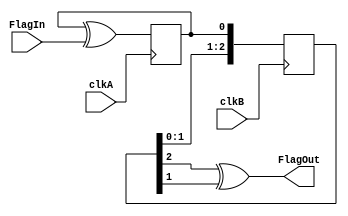
`timescale 1ns/100ps

// clkA should be slower than clkB

module Flag_CrossDomain(
	input wire clkA,
	input wire FlagIn,
	input wire clkB,
	output wire FlagOut
);

	reg FlagToggle;
	initial FlagToggle = 0;
	always @(posedge clkA) FlagToggle <= FlagToggle ^ FlagIn;

	reg [2:0] SyncA;
	initial SyncA = 0;
	always @(posedge clkB) SyncA <= {SyncA[1:0], FlagToggle};
	
	assign FlagOut = SyncA[2] ^ SyncA[1];

endmodule